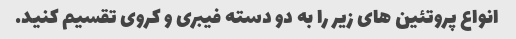
انواع پروتئین های زیر را به دو دسته فیبری و کروی تقسیم کنید.